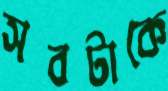
সবটাকে